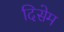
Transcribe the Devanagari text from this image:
दिसेम